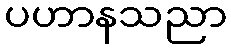
ပဟာနသညာ